Juri_Uluots, lk 36
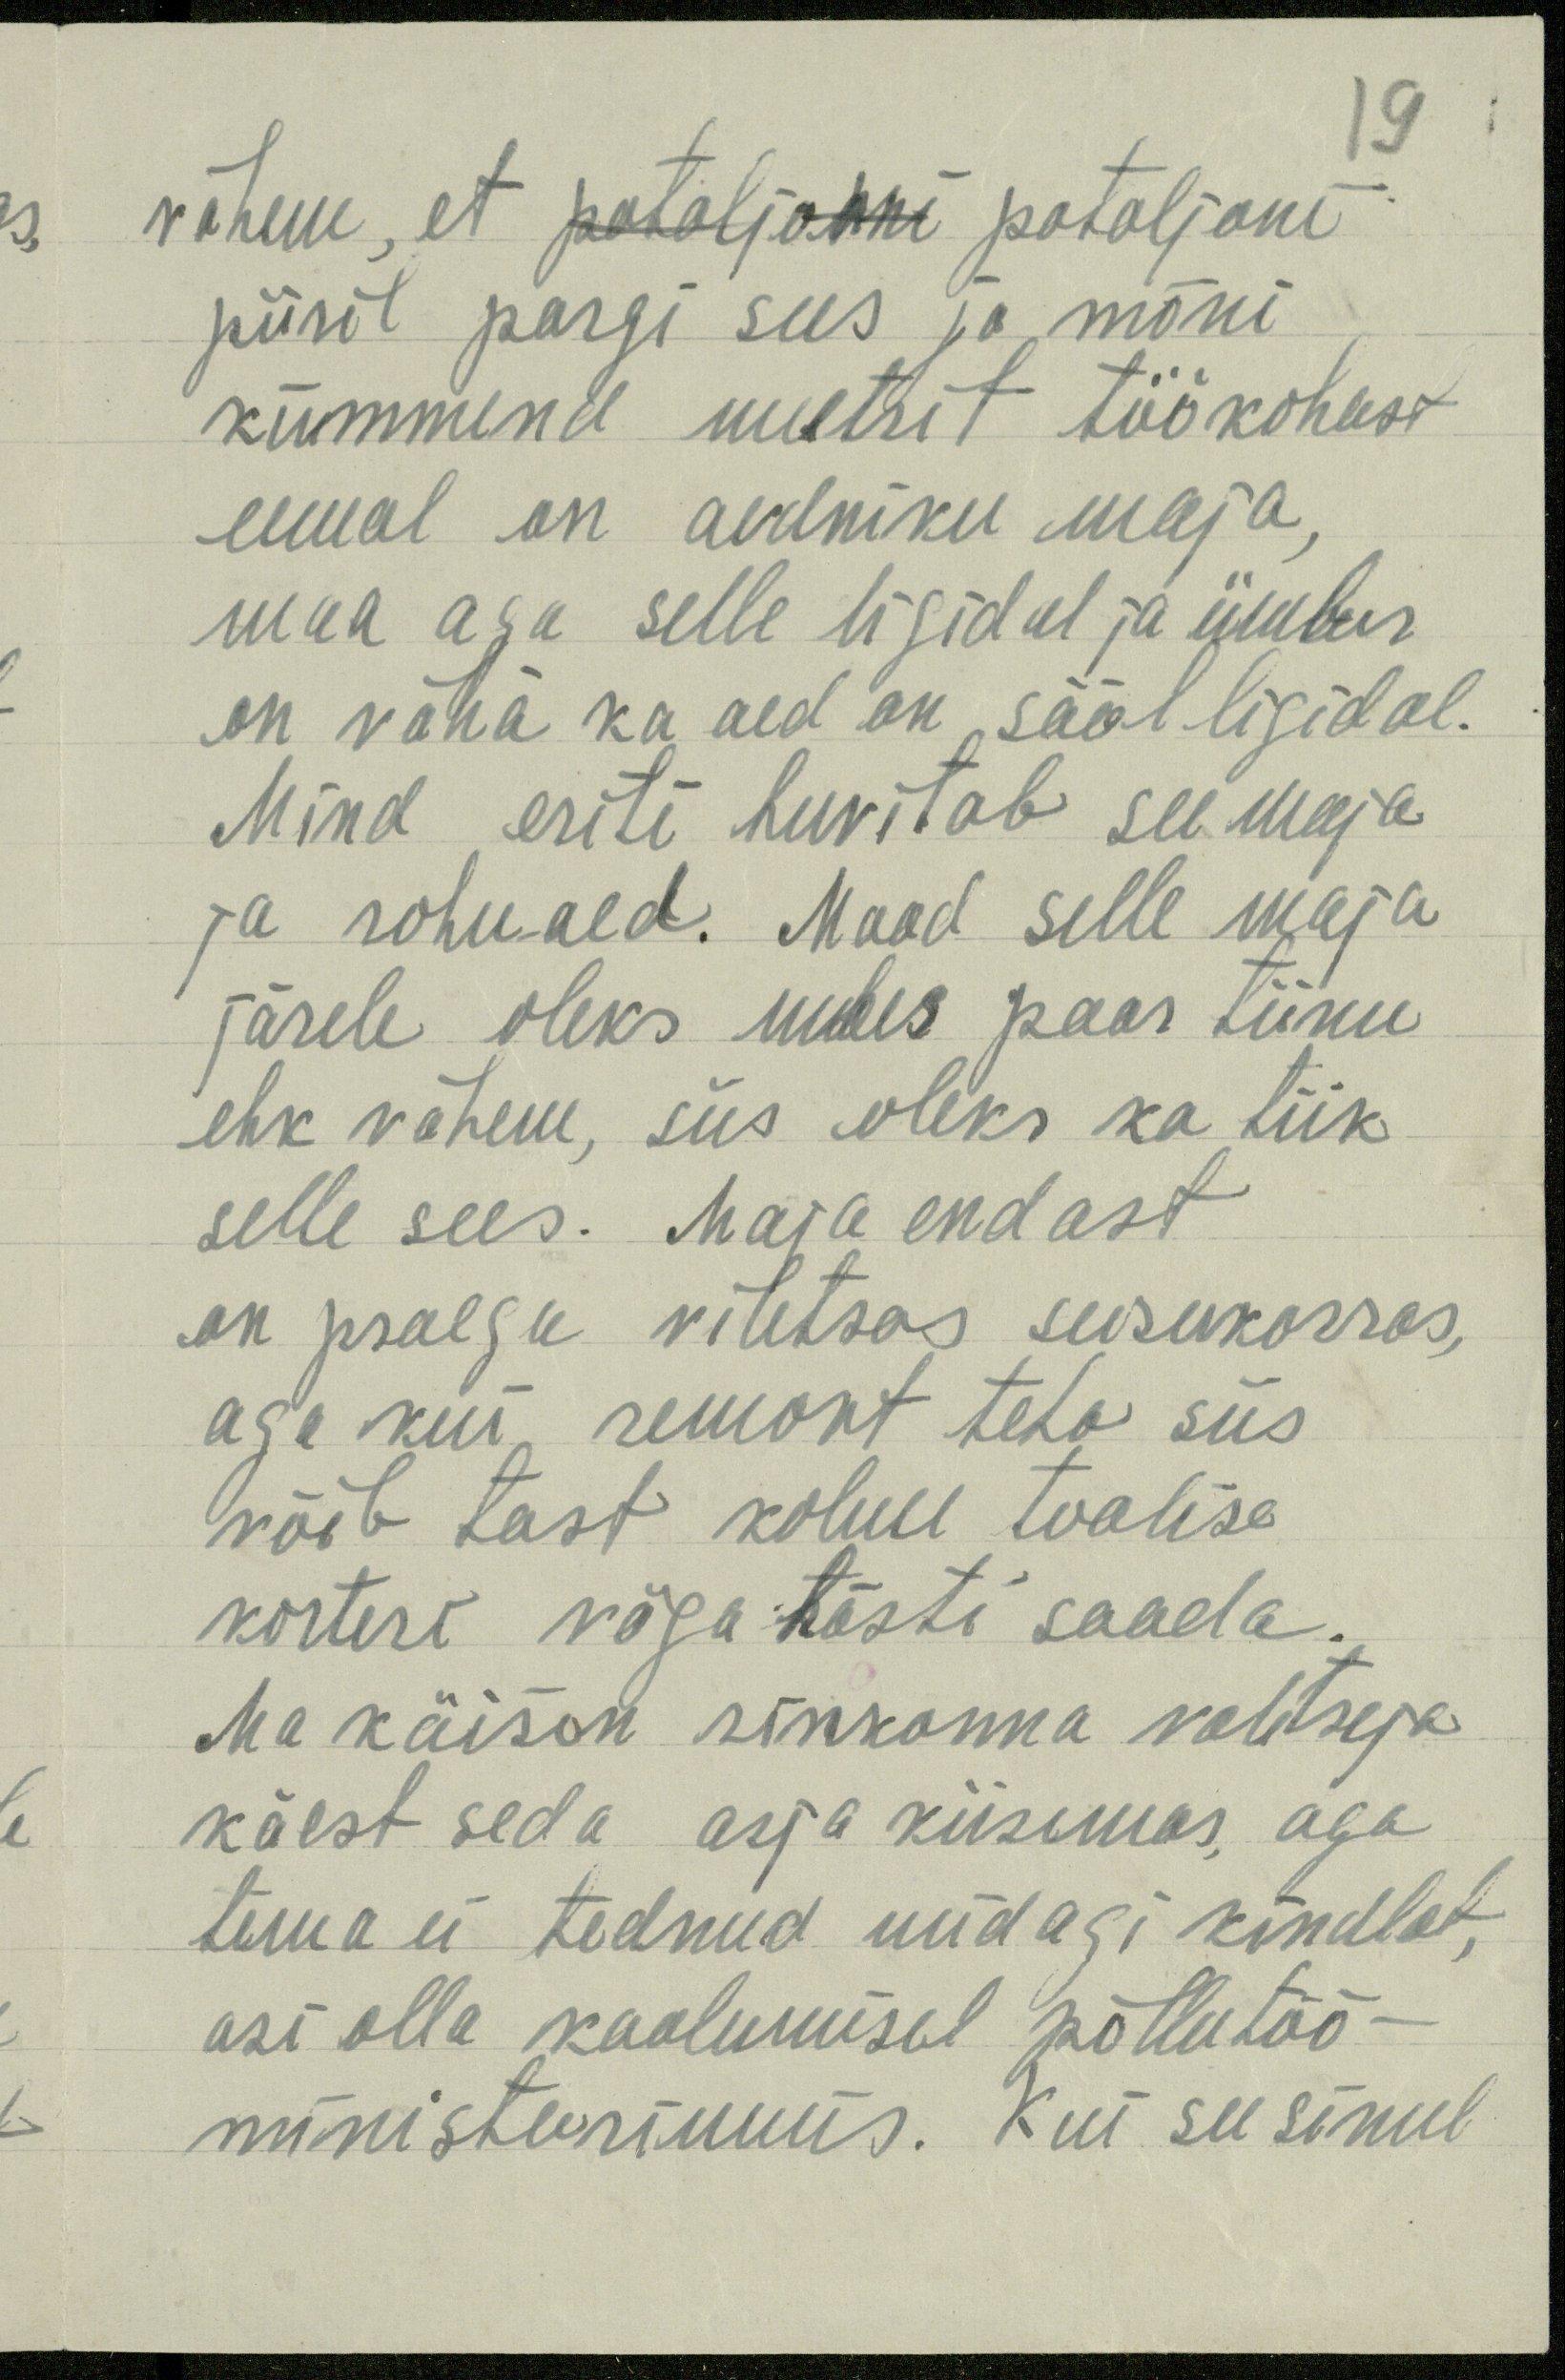
vähem, et pataljonni pataljoni
piiril pargi sees ja mõni
kümmend meetrit töökohast
eemal on aedniku maja,
maa aga selle ligidal ja ümber
on vähä ka aed on sääl ligidal.
Mind eriti huvitab see maja
ja rohuaed. Maad selle maja
järele oleks umbes paar tiinu
ehk vähem, siis oleks ka tiik
selle sees. Maja endast
on praegu viletsas seisukorras,
aga kui remont teha siis
võib tast kolme toalise
korteri väga hästi saada.
Ma käison rinkonna valitseja
käest seda asja küsimas, aga
tema ei teadnud midagi kindlat,
asi olla kaalumisel põllutöö-
ministeeriumis. Kui see sinul